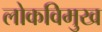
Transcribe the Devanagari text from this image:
लोकविमुख